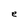
Character: e